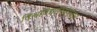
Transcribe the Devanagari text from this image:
विश्वविद्यालयभंडार